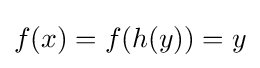
f(x)=f(h(y))=y